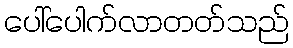
ပေါ်ပေါက်လာတတ်သည်